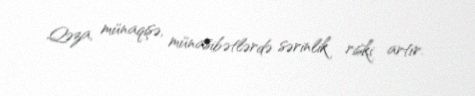
Qəza, münaqişə, münasibətlərdə sərinlik riski artır.